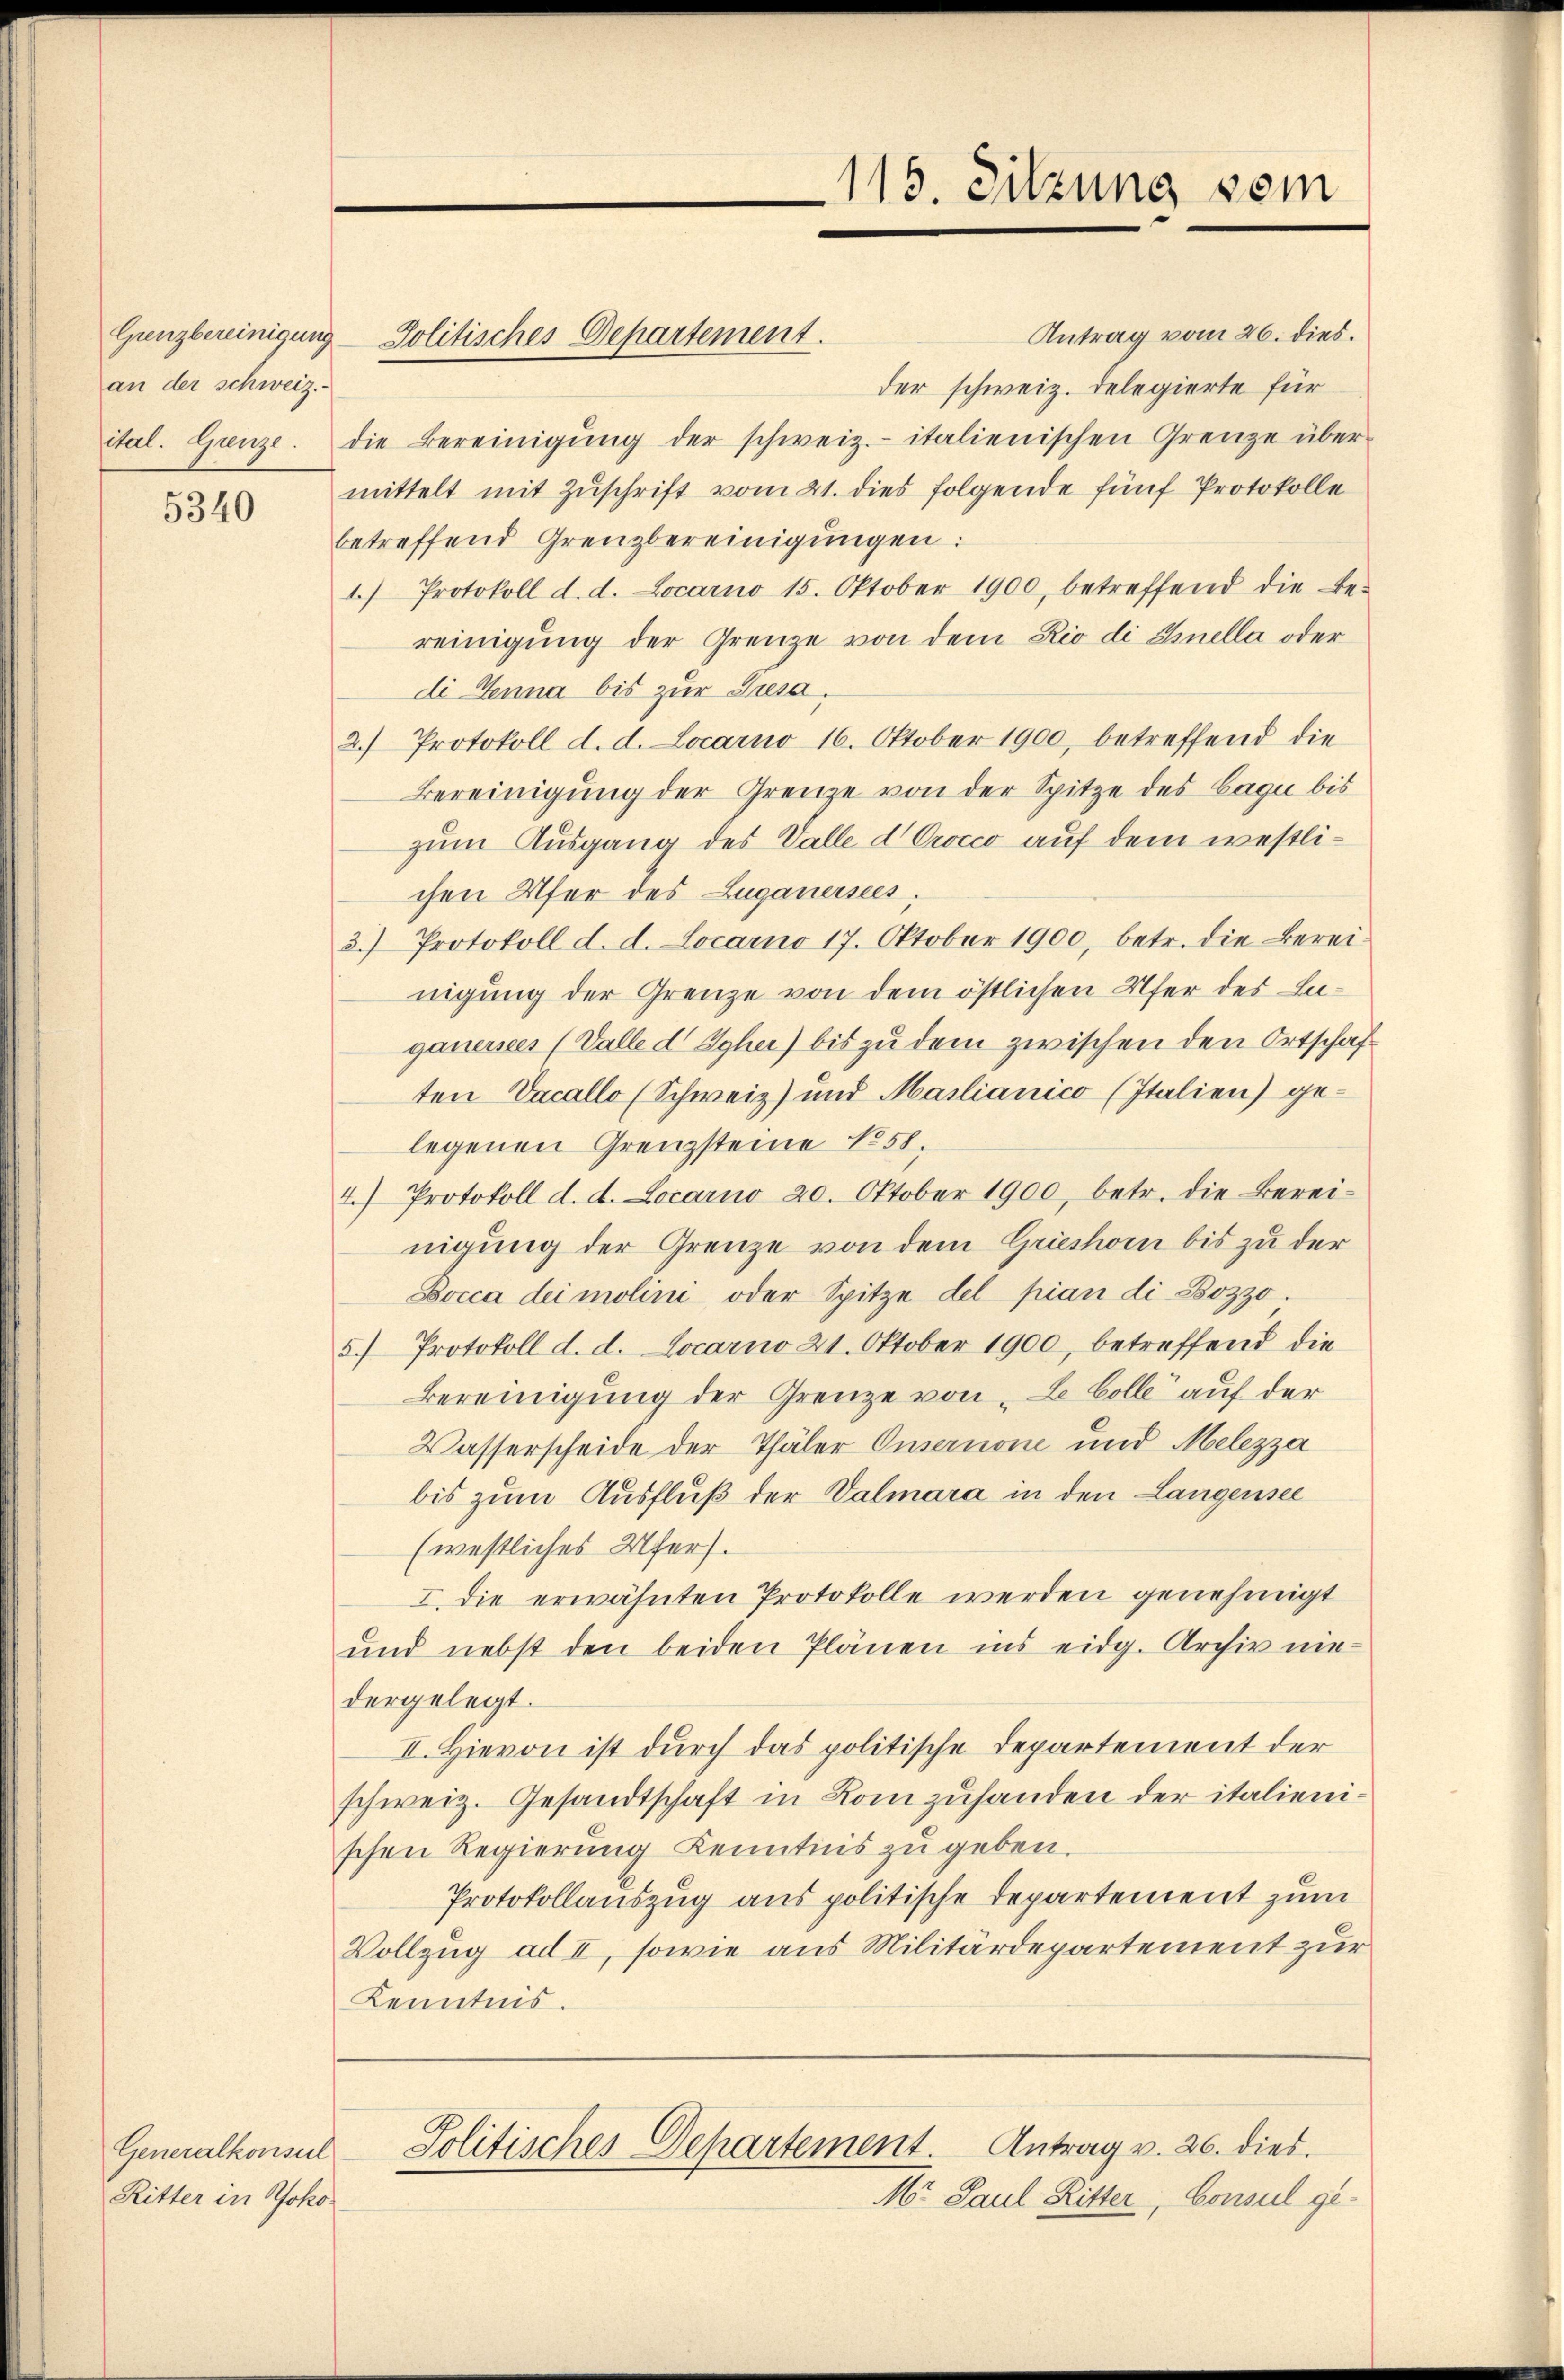
Grenzbereinigung
an der schweiz.

5340

Generalkonsul
Ritter in Yoko¬

Jolitisches Departement.

115. Sitzung vom

Antrag v. 26. dies.
Politisches Departement.
M. Paul Ritter, Consul ge¬

Antrag vom 26. dies.
der schweiz. Delegierte für
ital. Grenze. Die Bereinigŭng der schweiz.- italienischen Grenze über-
mittelt mit Zuschrift vom 21. dies folgende fünf Protokolle
betreffend Grenzbereinigungen:
1.) Protokoll d. d. Locarno 15. Oktober 1900, betreffend die be-
reinigung der Grenze von dem Rio di Snella oder
di Senna bis zur Sesa.
2.) Protokoll d. d. Locarno 16. Oktober 1900, betreffend die
Bereinigung der Grenze von der Spitze des Bagi bis
zum Ausgang des Valle d Crocco auf dem westlichen Ufer des Luganersees,
3.) Protokoll d. d. Locarno 17. Oktober 1900, betr. die Bereinigung der Grenze von dem östlichen Ufer des Lugauersees (Valle d Gyher) bis zu dem zwischen den Ortschaften Vacallo (Schweiz) und Mailianico (Italien) gelegenen Grenzsteine No 51.
4. Protokoll d. d. Locarno 20. Oktober 1900, betr. die Berei-
nigung der Grenze von dem Grieshom bis zu der
Bocca dei molini oder Spitze del pian die Bozzo.
5.) Protokoll d. d. Locarno 21. Oktober 1900, betreffend die
Bereinigung der Grenze von „Le Colle auf der
Wasserscheide der Thäler Onsernone und Melezza
bis zum Ausfluß der Valmara in den Langensee
(westliches Ufers.
I. Die erwähnten Protokolle werden genehmigt
und nebst den beiden Plänen ins eidg. Archiv nie-
dergelegt.
II. Hievon ist durch das politische Departement der
schweiz. Gesandtschaft in Rom zuhanden der italienischen Regierung Kenntnis zu geben.
Protokollauszug aus politische Departement zum
Vollzug ad II, sowie aus Militärdepartement zur
Kenntnis.